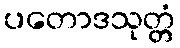
ပတောဒသုတ္တံ